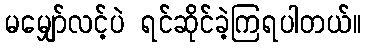
မမျှော်လင့်ပဲ ရင်ဆိုင်ခဲ့ကြရပါတယ်။